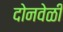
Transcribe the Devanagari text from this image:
दोनवेळी